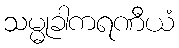
သမ္မုခါကရဏီယံ